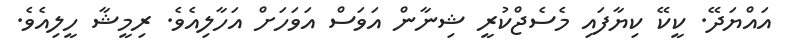
އައްޔަދޭ. ކީކޭ ކިޔާފައި މެސެޖްކުރީ ޝިނާން އަވަސް އަވަހަށް އަހާލިއެވެ. ރިމީޝާ ހީލިއެވެ.